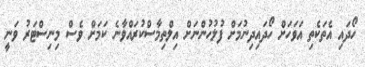
ހޯދައި އެތަކެތި އަވަހަށް ހޯދައިދިނުމަށް ފުލުހުންނަށް އިލްތިމާސްކުރައްވާނެ ކަމަށް ވެސް މިނިސްޓަރު ވަނީ